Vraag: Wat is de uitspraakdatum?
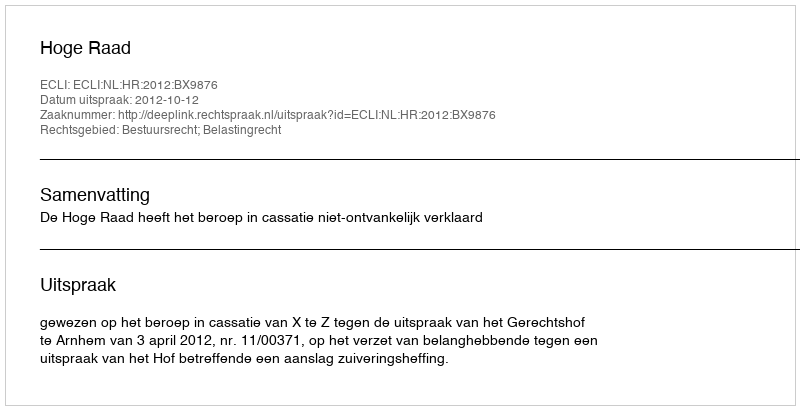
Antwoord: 2012-10-12